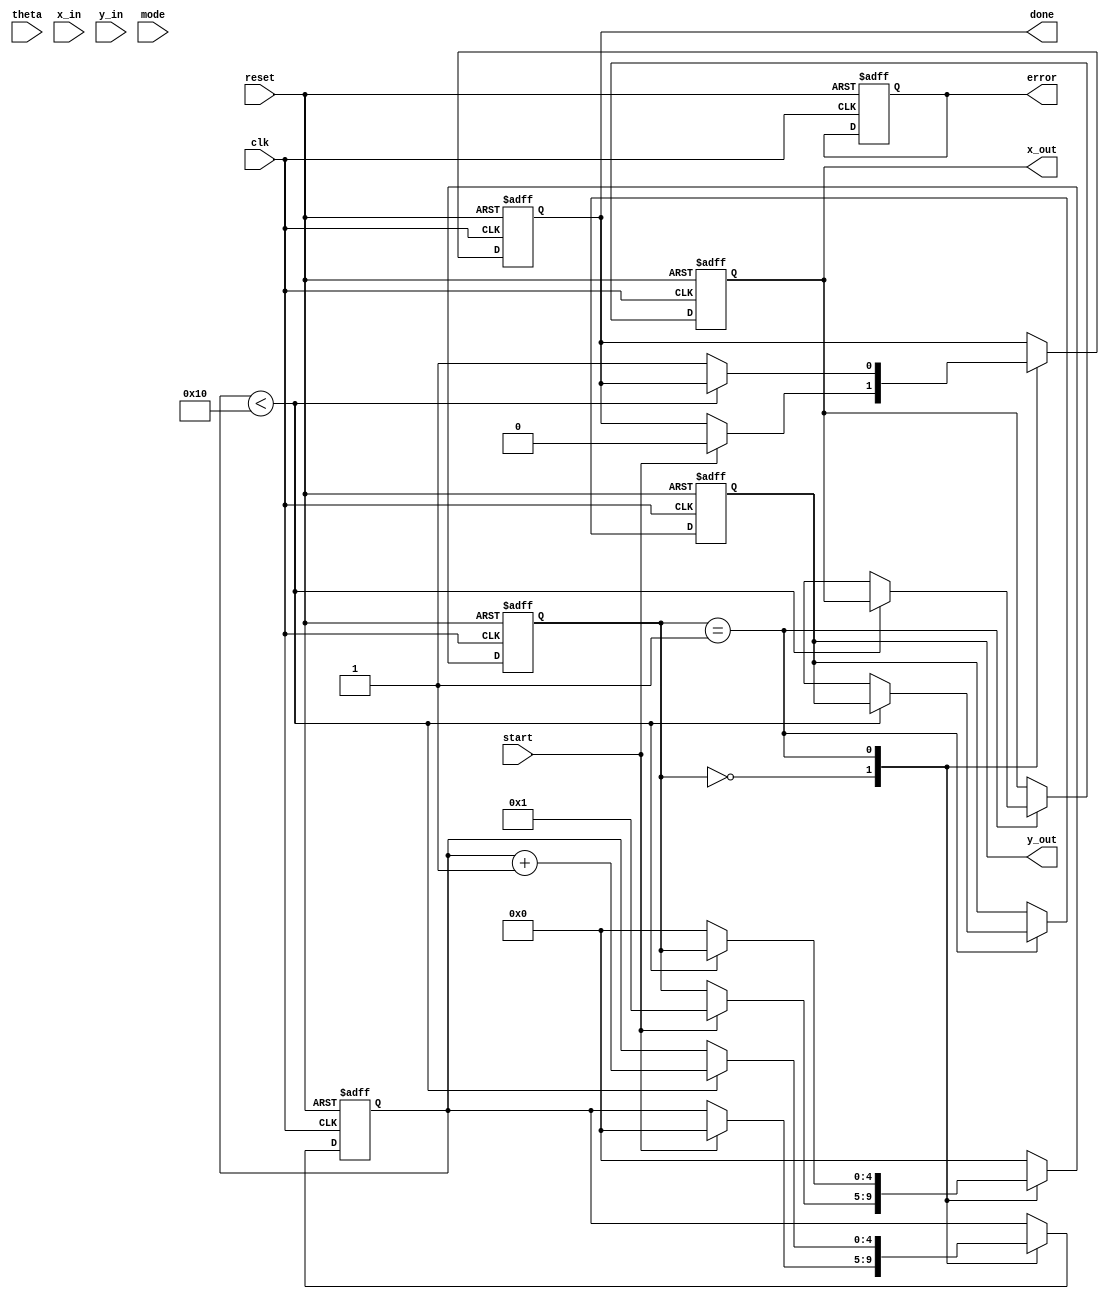
module cordic(
    input clk,
    input reset,
    input start,
    input [31:0] theta, // Angle input in fixed-point representation
    input [31:0] x_in,  // X coordinate input
    input [31:0] y_in,  // Y coordinate input
    input mode,         // 0: Rotation mode, 1: Vectoring mode
    output reg [31:0] x_out, // X coordinate output
    output reg [31:0] y_out, // Y coordinate output
    output reg done,    // Computation done signal
    output reg error    // Error signal
);

    parameter N = 16; // Number of iterations
    reg [31:0] x [0:N-1]; // X values
    reg [31:0] y [0:N-1]; // Y values
    reg [31:0] z [0:N-1]; // Angle values
    reg [4:0] state; // FSM state
    reg [4:0] iter; // Iteration counter

    // Precomputed angles for CORDIC (in fixed-point)
    initial begin
        z[0] = 32'h00000000; // 0.0
        z[1] = 32'h20000000; // atan(1) = 45 degrees
        z[2] = 32'h14000000; // atan(1/2) = 26.565 degrees
        z[3] = 32'h0A000000; // atan(1/4) = 14.036 degrees
        z[4] = 32'h05000000; // atan(1/8) = 7.125 degrees
        z[5] = 32'h02800000; // atan(1/16) = 3.576 degrees
        // Continue for more iterations if needed
    end

    // State machine for CORDIC operation
    always @(posedge clk or posedge reset) begin
        if (reset) begin
            state <= 0;
            iter <= 0;
            done <= 0;
            error <= 0;
            x_out <= 0;
            y_out <= 0;
        end else begin
            case (state)
                0: begin // Initialization state
                    if (start) begin
                        x[0] <= x_in;
                        y[0] <= y_in;
                        iter <= 0;
                        done <= 0;
                        state <= 1;
                    end
                end
                1: begin // Iteration state
                    if (iter < N) begin
                        // CORDIC rotation logic
                        if (mode == 0) begin // Rotation mode
                            if (y[iter] < 0) begin
                                x[iter + 1] <= x[iter] + (y[iter] >>> iter);
                                y[iter + 1] <= y[iter] + (x[iter] >>> iter);
                                z[iter + 1] <= z[iter] + z[iter];
                            end else begin
                                x[iter + 1] <= x[iter] - (y[iter] >>> iter);
                                y[iter + 1] <= y[iter] - (x[iter] >>> iter);
                                z[iter + 1] <= z[iter] - z[iter];
                            end
                        end else begin // Vectoring mode
                            // Implement vectoring logic (angle calculation)
                            // Similar to rotation but adjusting for angle
                        end
                        iter <= iter + 1;
                    end else begin
                        x_out <= x[N];
                        y_out <= y[N];
                        done <= 1;
                        state <= 0; // Reset to initialization
                    end
                end
                default: state <= 0;
            endcase
        end
    end

endmodule